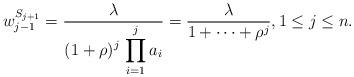
LaTeX: \begin{align*}w^{S_{j+1}}_{j-1} = \frac{\lambda}{\displaystyle (1 + \rho)^j \, \prod_{i=1}^j a_i}= \frac{\lambda}{1 + \cdots + \rho^j},1 \leq j \leq n.\end{align*}